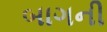
બાગની